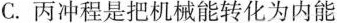
C.丙冲程是把机械能转化为内能